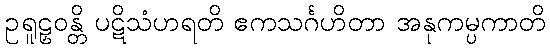
ဥရူဠှဝန္တိ ပဋိသံဟရတိ ဧကသင်္ဂဟိတာ အနုကမ္ပကာတိ